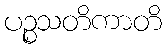
ပဉ္စသတိကာတိ